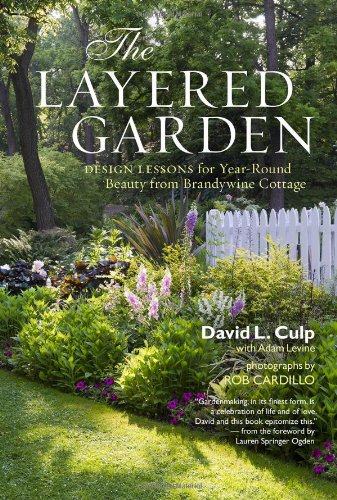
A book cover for The Layered Garden: Design Lessons for Year-Round Beauty from Brandywine Cottage; David L. Culp; Crafts, Hobbies & Home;